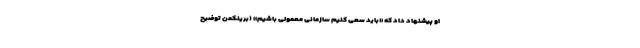
او پیشنهاد داد که «باید سعی کنیم سازمانی معمولی باشیم» (برینکمن توضیح